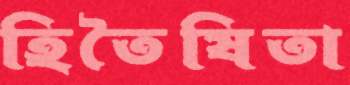
হিতৈষিতা